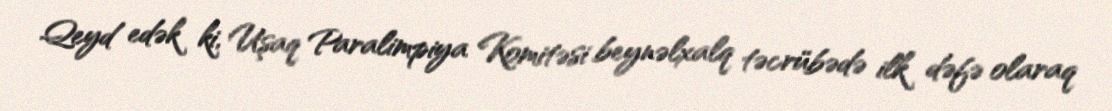
Qeyd edək ki, Uşaq Paralimpiya Komitəsi beynəlxalq təcrübədə ilk dəfə olaraq